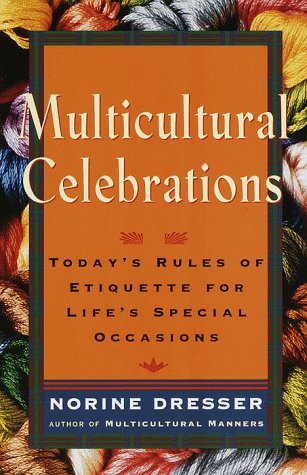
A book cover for Multicultural Celebrations: Today's Rules of Etiquette for Life's Special Occasions; Norine Dresser; Crafts, Hobbies & Home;